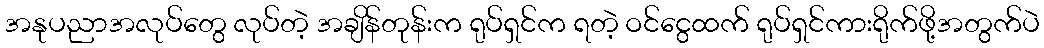
အနုပညာအလုပ်တွေ လုပ်တဲ့ အချိန်တုန်းက ရုပ်ရှင်က ရတဲ့ ဝင်ငွေထက် ရုပ်ရှင်ကားရိုက်ဖို့အတွက်ပဲ